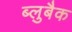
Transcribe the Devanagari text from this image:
ब्लुबैक